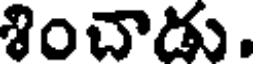
శించాడు.